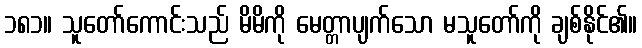
၁၈၁။ သူတော်ကောင်းသည် မိမိကို မေတ္တာပျက်သော မသူတော်ကို ချစ်နိုင်၏။